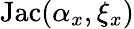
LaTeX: \mathrm{Jac}(\alpha_{x},\xi_{x})